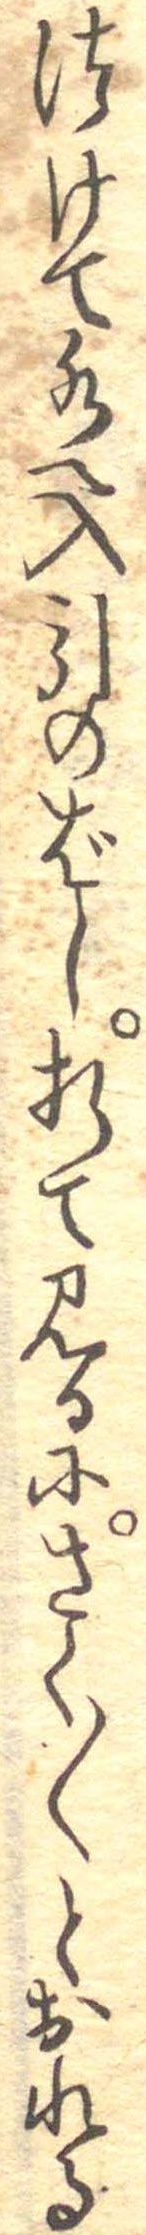
つけて水へ入引のばし折て見るにさく〱とおれる